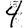
Digit: 4